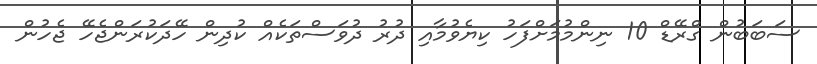
ސަބަބުން ގްރޭޑް 10 ނިންމުމަށްފަހު ކިޔެވުމާއި ދުރު ދުވަސްތަކެއް ކުދިން ހޭދަކުރަންޖެހޭ ޖެހުން